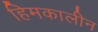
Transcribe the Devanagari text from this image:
हिमकालीन